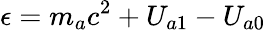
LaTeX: \epsilon=m_{a}c^{2}+U_{a1}-U_{a0}